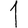
Digit: 1